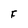
Character: F